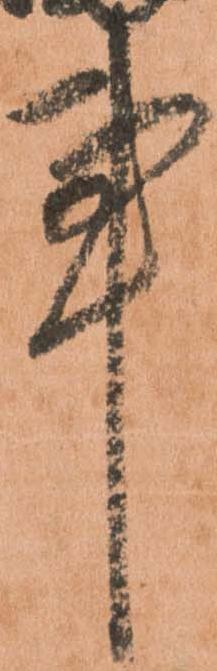
事